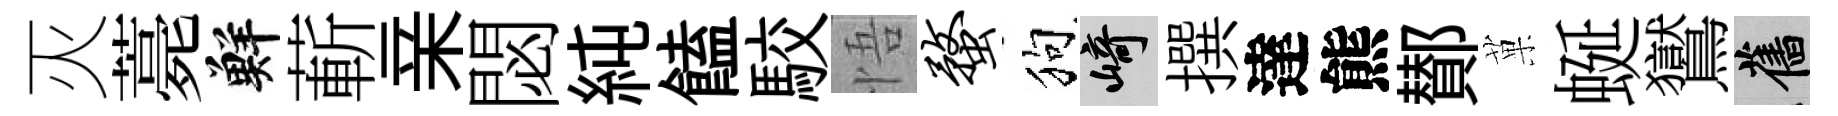
灭薧鮮蔪亲閟純饁駮悟蝥狗崎撰達熊鄼菓蜒鸑舊